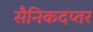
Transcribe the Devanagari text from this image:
सैनिकदप्तर